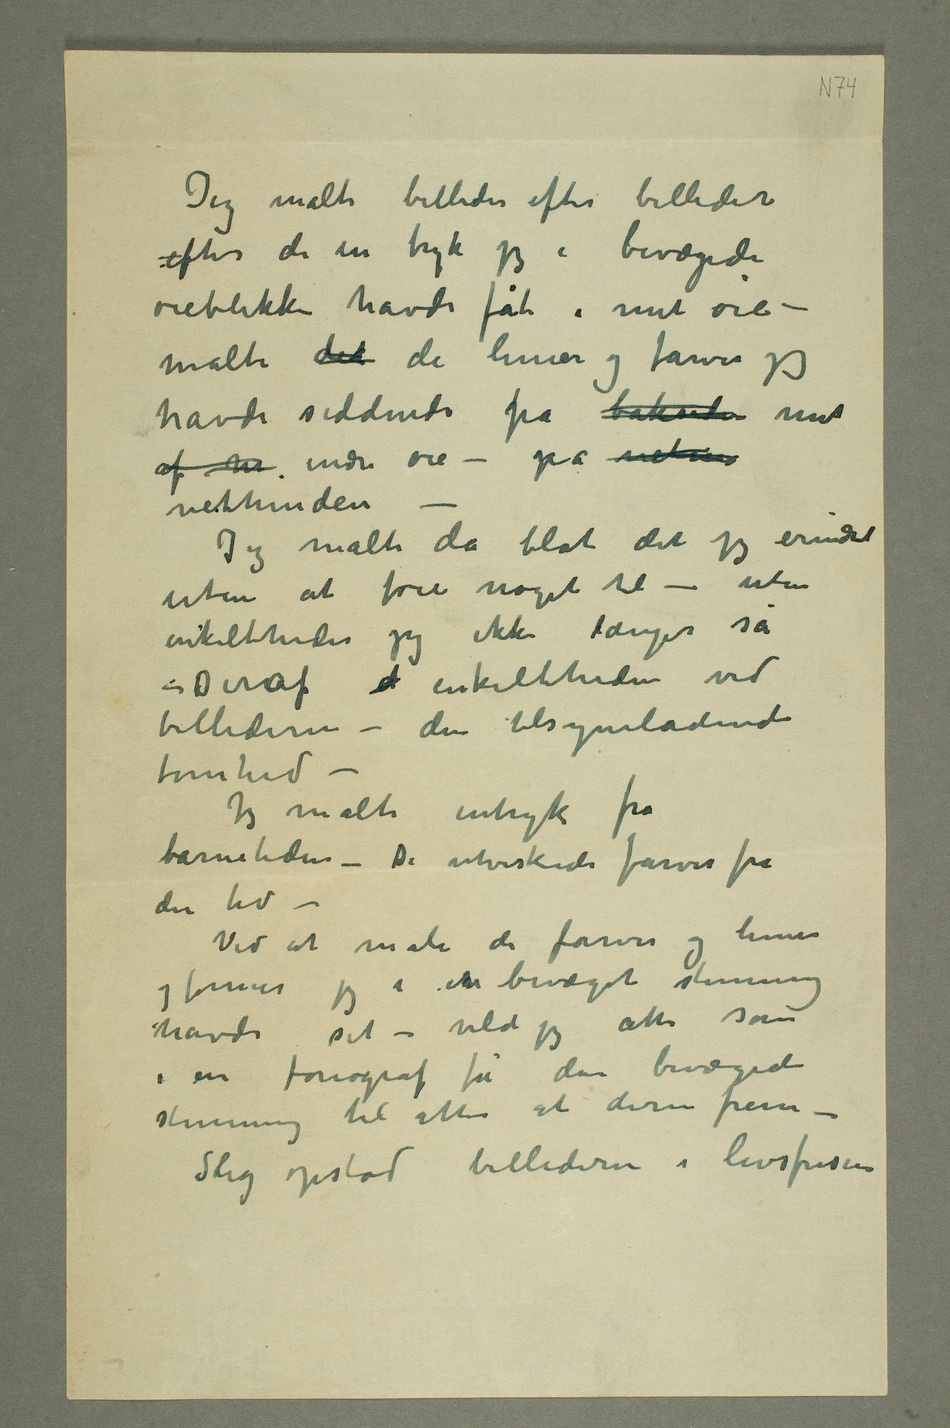
Jeg malte billeder efter billeder
efter de in tryk jeg i bevægede
øieblikke havde fåt i mit øie –
malte det de linier og farver jeg
havde siddende på baksiden mit
af m indre øie – på netine
nethinden
– Jeg malte da blot det jeg erindret
uten at føie noget til – uten
enkeltheder jeg ikke længer så
– Deraf  enkeltheden ved
billederne – den tilsyneladende
tomhed –
Jeg malte intryk fra
barnetiden – De utviskede farver fra
den tid –
Ved at male de farver og linier
og former jeg i etn bevæget stemning
havde set – vilde jeg atter som
i en fonograf få den bevægede
stemning til atter at dirre frem –
Slig opstod billederne i livsfrisen